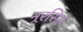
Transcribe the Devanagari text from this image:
नूरसिंह